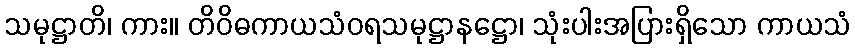
သမုဋ္ဌာတိ၊ ကား။ တိဝိဓကာယသံဝရသမုဋ္ဌာနဋ္ဌော၊ သုံးပါးအပြားရှိသော ကာယသံ